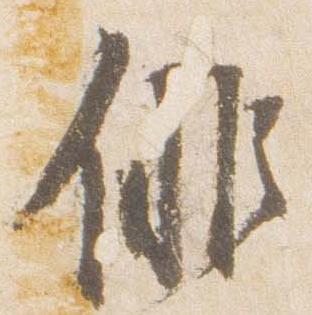
俳